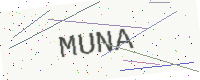
Text: MUNA